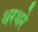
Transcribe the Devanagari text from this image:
थरथरे